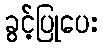
ခွင့်ပြုပေး